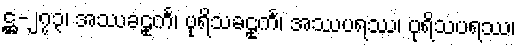
ဋ္ဌ-၂၇၃၊ အဿခဠုင်္က၊ ပုရိသခဠုင်္က၊ အဿပရဿ၊ ပုရိသပရဿ၊